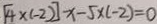
[ 4 \times ( - 2 ) ] - x - 5 \times ( - 2 ) = 0